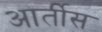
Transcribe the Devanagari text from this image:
आर्तीस